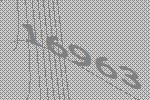
16963